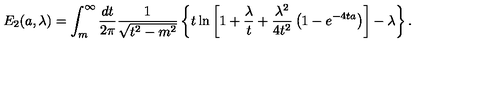
E _ { 2 } ( a , \lambda ) = \int _ { m } ^ { \infty } \frac { d t } { 2 \pi } \frac { 1 } { \sqrt { t ^ { 2 } - m ^ { 2 } } } \left\{ t \ln \left[ 1 + \frac { \lambda } { t } + \frac { \lambda ^ { 2 } } { 4 t ^ { 2 } } \left( 1 - e ^ { - 4 t a } \right) \right] - \lambda \right\} .